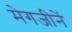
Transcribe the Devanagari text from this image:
मेगजीनें